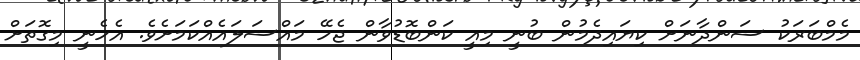
މެމްބަރަކު ސަންދާނަށް ކިޔައިދެމުން ބުނީ މިއީ ކަންބޮޑުވާން ޖެހޭ މައްސަލައެއްކަމަށެވެ. އެހެނީ މިގޮތަށް